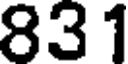
831